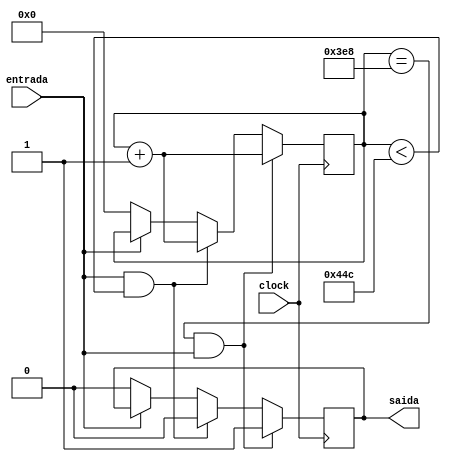
module debounce(input clock,input entrada,output reg saida);
reg[11:0] contador;
initial contador=0;
initial saida=0;

always @(posedge clock)
begin
	if(contador==1000 && entrada)
	begin
	     saida<=1;
	     contador<=contador+1;		
	end
	else if (entrada && contador<1100)
	begin
		contador<=contador+1;
		saida<=0;
	end
	else if(!entrada)
	begin
		saida<=0;
		contador<=0;
	end
end

endmodule